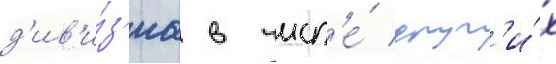
д'ив'и́з'иа в числ'е́ друг'и́х